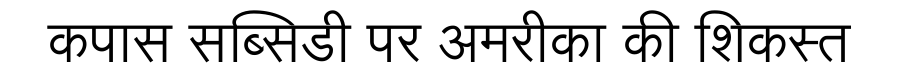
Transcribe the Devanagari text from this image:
कपास सब्सिडी पर अमरीका की शिकस्त